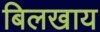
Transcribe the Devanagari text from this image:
बिलखाय